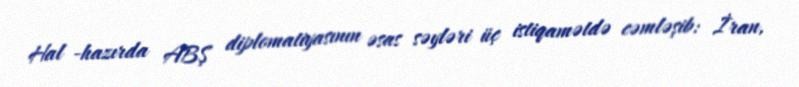
Hal -hazırda ABŞ diplomatiyasının əsas səyləri üç istiqamətdə cəmləşib: İran,